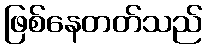
ဖြစ်နေတတ်သည်